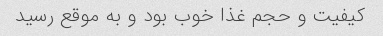
کیفیت و حجم غذا خوب بود و به موقع رسید